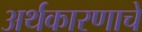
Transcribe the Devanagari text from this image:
अर्थकारणाचे